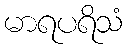
မာရပရိသံ